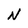
Character: N